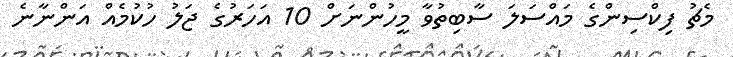
މެޗު ފިކްސިންގެ މައްސަލަ ސާބިތުވާ މީހުންނަށް 10 އަހަރުގެ ޖަލު ހުކުމެއް އަންނާނެ